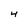
Character: 4